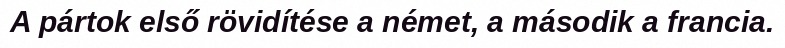
A pártok első rövidítése a német, a második a francia.